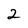
Character: 2